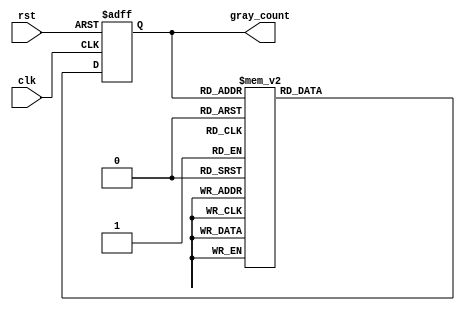
module gray_counter (
    input wire clk,
    input wire rst,
    output reg [3:0] gray_count
);

reg [3:0] current_state;
reg [3:0] next_state;

always @(posedge clk or posedge rst) begin
    if (rst) begin
        current_state <= 4'b0000;
    end else begin
        current_state <= next_state;
    end
end

always @* begin
    case (current_state)
        4'b0000: next_state = 4'b0001;
        4'b0001: next_state = 4'b0011;
        4'b0011: next_state = 4'b0010;
        4'b0010: next_state = 4'b0110;
        4'b0110: next_state = 4'b0111;
        4'b0111: next_state = 4'b0101;
        4'b0101: next_state = 4'b0100;
        4'b0100: next_state = 4'b1100;
        4'b1100: next_state = 4'b1101;
        4'b1101: next_state = 4'b1111;
        4'b1111: next_state = 4'b1110;
        4'b1110: next_state = 4'b1010;
        4'b1010: next_state = 4'b1011;
        4'b1011: next_state = 4'b1001;
        4'b1001: next_state = 4'b1000;
        4'b1000: next_state = 4'b0000;
    endcase
end

assign gray_count = current_state;

endmodule